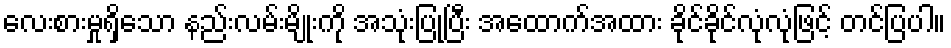
လေးစားမှုရှိသော နည်းလမ်းမျိုးကို အသုံးပြုပြီး အထောက်အထား ခိုင်ခိုင်လုံလုံဖြင့် တင်ပြပါ။